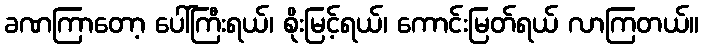
ခဏကြာတော့ ပေါ်ကြီးရယ်၊ စိုးမြင့်ရယ်၊ ကောင်းမြတ်ရယ် လာကြတယ်။